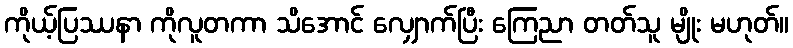
ကိုယ့်ပြဿနာ ကိုလူတကာ သိအောင် လျှောက်ပြီး ကြေညာ တတ်သူ မျိုး မဟုတ်။